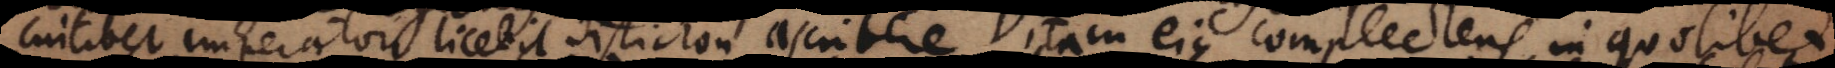
Cuilibet imperatori licebit distichon ascribere Vitam ejus complectens, in quolibet